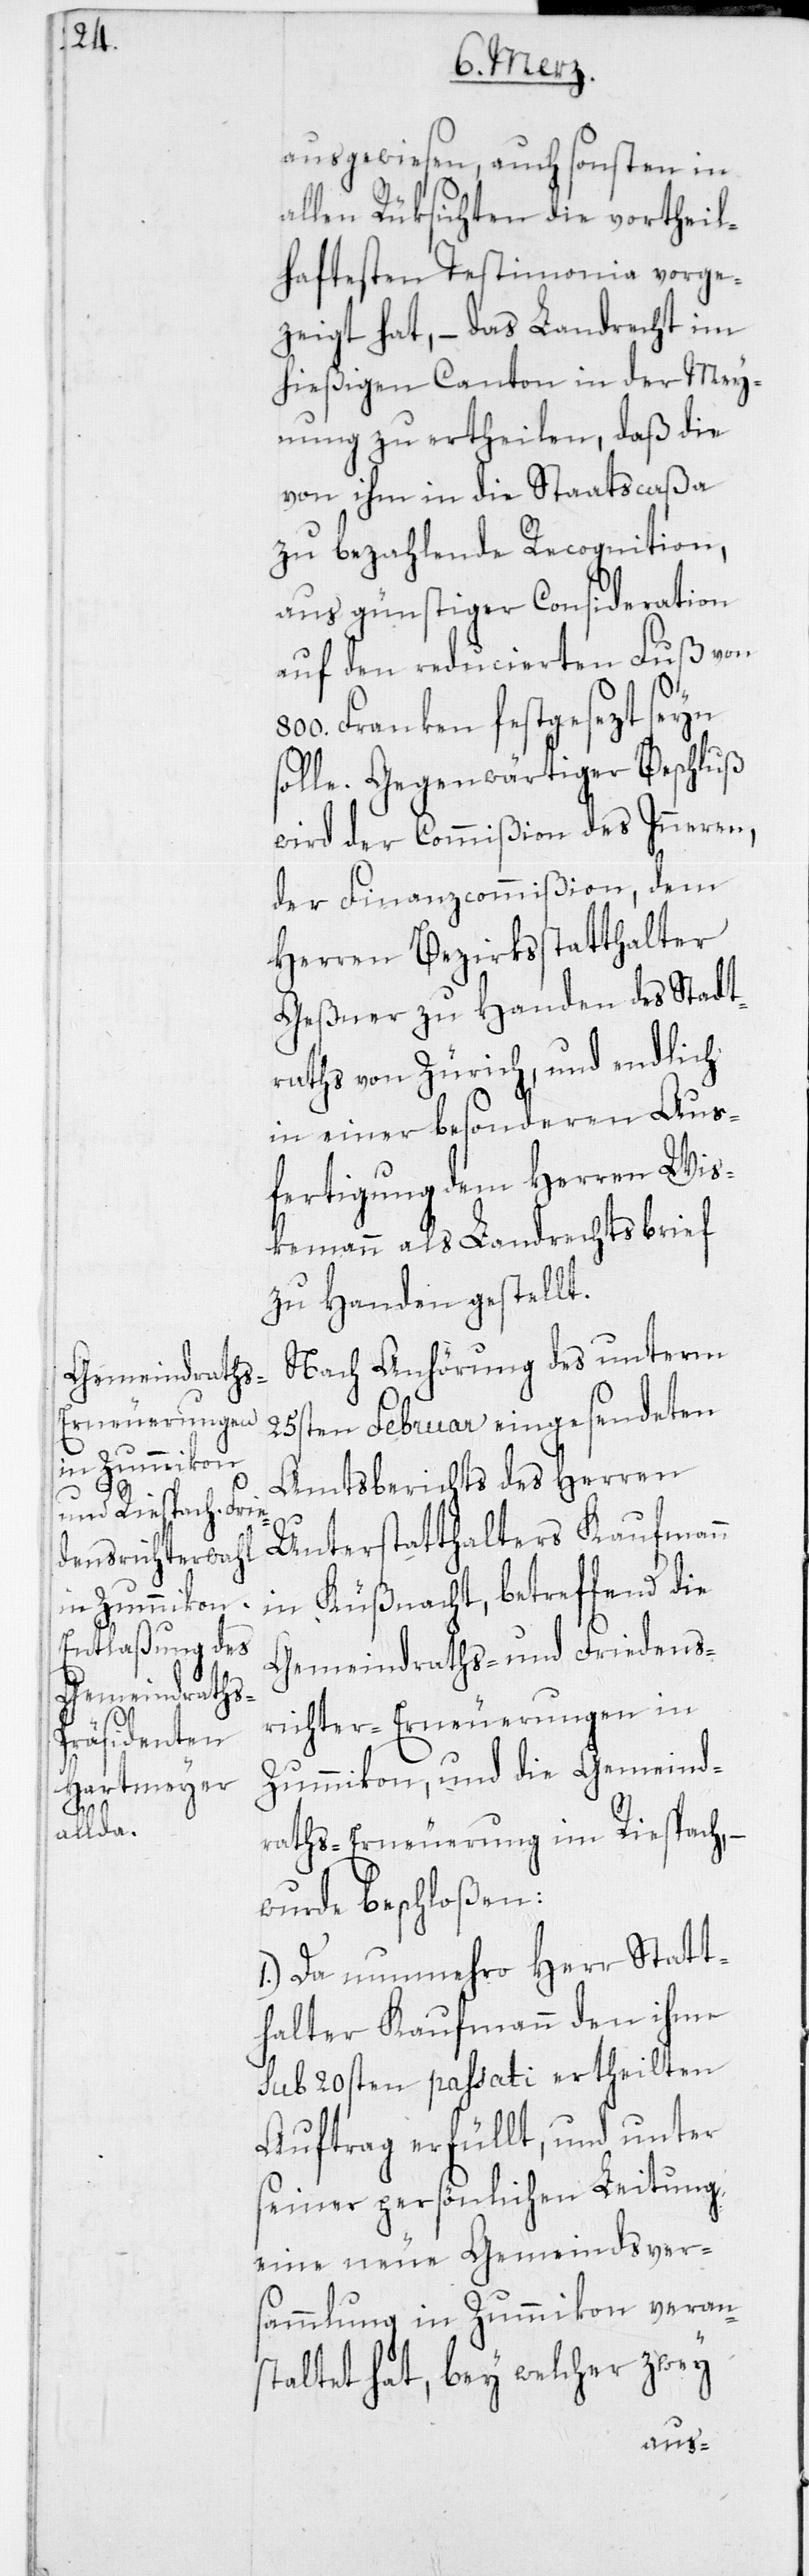
ausgewiesen, auch sonsten in
allen Rüksichten die vortheil¬
haftesten Testimonia vorge¬
zeigt hat, – das Landrecht im
hießigen Canton in der Mey¬
nung zu ertheilen, daß die
von ihm in die Staatscaßa
zu bezahlende Recognition,
aus günstiger Consideration
auf den reducierten Fuß von
Franken festgesezt seyn
solle. Gegenwärtiger Beschluß
wird der Commißion des Inneren,
der Finanzcommißion, dem
Herren Bezirksstatthalter
Geßner zu Handen des Stadt¬
raths von Zürich, und endlich
in einer besonderen Aus¬
fertigung dem Herren Wis¬
kemann als Landrechtsbrief
zu Handen gestellt.
Nach Anhörung des unterm
25sten Februar eingesendeten
Amtsberichts des Herren
Unterstatthalters Kaufmann
in Küßnacht, betreffend die
Gemeindraths- und Friedens¬
richter-Erneuerungen in
Zummikon, und die Gemeind¬
raths-Erneuerung in Riespach, –
wurde beschloßen:
1.) Da nunmehro Herr Statt¬
halter Kaufmann den ihm
sub 20sten passati ertheilten
Auftrag erfüllt, und unter
seiner persönlichen Leitung
eine neue Gemeindsver¬
sammlung in Zummikon veran¬
staltet hat, bey welcher zwey